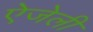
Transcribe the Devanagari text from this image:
ऐजेली